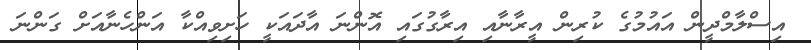
އިސްލާމްދީން އައުމުގެ ކުރިން އީރާނާއި އިރާގުގައި އޮންނަ އާދައަކީ ހަށިވިއްކާ އަންހެނާއަށް ގަންނަ